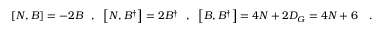
\left[ N , B \right] = - 2 B \ \ , \ \ \left[ N , B ^ { \dagger } \right] = 2 B ^ { \dagger } \ \ , \ \ \left[ B , B ^ { \dagger } \right] = 4 N + 2 D _ { G } = 4 N + 6 \ \ \ .